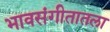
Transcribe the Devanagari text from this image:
भावसंगीतातला